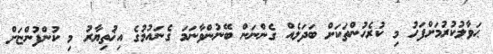
ޙަވާލުކުރުމަށްފަހު މި ކުރެހުންތަކަށް ބަދަލެއް ގެންނަން ބޭނުންވާނަމަ ގެނައުމުގެ އިޚުތިޔާރު މި ކުންފުންޏަށް